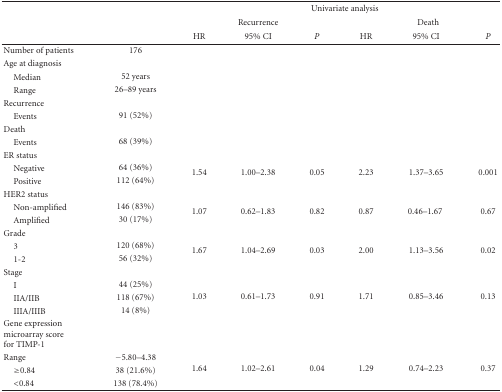
<table><thead><tr><td><b> </b></td><td><b> </b></td><td colspan="6"><b>Univariate analysis</b></td></tr><tr><td><b> </b></td><td><b> </b></td><td colspan="3"><b>Recurrence</b></td><td colspan="3"><b>Death</b></td></tr><tr><td><b> </b></td><td><b> </b></td><td><b>HR</b></td><td><b>95% CI</b></td><td><b><i>P</i></b></td><td><b>HR</b></td><td><b>95% CI</b></td><td><b><i>P</i></b></td></tr></thead><tbody><tr><td>Number of patients</td><td>176</td><td> </td><td> </td><td> </td><td> </td><td> </td><td> </td></tr><tr><td>Age at diagnosis</td><td> </td><td> </td><td> </td><td> </td><td> </td><td> </td><td> </td></tr><tr><td>Median </td><td>52 years </td><td> </td><td> </td><td> </td><td> </td><td> </td><td> </td></tr><tr><td>Range</td><td>26–89 years</td><td> </td><td> </td><td> </td><td> </td><td> </td><td> </td></tr><tr><td>Recurrence </td><td> </td><td> </td><td> </td><td> </td><td> </td><td> </td><td> </td></tr><tr><td> Events</td><td>91 (52%)</td><td> </td><td> </td><td> </td><td> </td><td> </td><td> </td></tr><tr><td>Death </td><td> </td><td> </td><td> </td><td> </td><td> </td><td> </td><td> </td></tr><tr><td>Events</td><td>68 (39%)</td><td> </td><td> </td><td> </td><td> </td><td> </td><td> </td></tr><tr><td>ER status </td><td> </td><td> </td><td> </td><td> </td><td> </td><td> </td><td> </td></tr><tr><td>Negative </td><td>64 (36%) </td><td rowspan="2">1.54</td><td rowspan="2">1.00–2.38</td><td rowspan="2">0.05</td><td rowspan="2">2.23</td><td rowspan="2">1.37–3.65</td><td rowspan="2">0.001</td></tr><tr><td>Positive</td><td>112 (64%)</td></tr><tr><td>HER2 status </td><td> </td><td> </td><td> </td><td> </td><td> </td><td> </td><td> </td></tr><tr><td>Non-amplified </td><td>146 (83%) </td><td rowspan="2">1.07</td><td rowspan="2">0.62–1.83</td><td rowspan="2">0.82</td><td rowspan="2">0.87</td><td rowspan="2">0.46–1.67 </td><td rowspan="2">0.67</td></tr><tr><td>Amplified</td><td>30 (17%)</td></tr><tr><td>Grade </td><td> </td><td> </td><td> </td><td> </td><td> </td><td> </td><td> </td></tr><tr><td>3 </td><td>120 (68%) </td><td rowspan="2">1.67</td><td rowspan="2">1.04–2.69</td><td rowspan="2">0.03</td><td rowspan="2">2.00</td><td rowspan="2">1.13–3.56</td><td rowspan="2">0.02</td></tr><tr><td>1-2</td><td>56 (32%)</td></tr><tr><td>Stage </td><td> </td><td> </td><td> </td><td> </td><td> </td><td> </td><td> </td></tr><tr><td>I </td><td>44 (25%) </td><td rowspan="3">1.03</td><td rowspan="3">0.61–1.73</td><td rowspan="3">0.91</td><td rowspan="3">1.71</td><td rowspan="3">0.85–3.46</td><td rowspan="3">0.13</td></tr><tr><td>IIA/IIB </td><td>118 (67%) </td></tr><tr><td>IIIA/IIIB</td><td>14 (8%)</td></tr><tr><td>Gene expression microarray score for TIMP-1 </td><td> </td><td> </td><td> </td><td> </td><td> </td><td> </td><td> </td></tr><tr><td> Range </td><td>−5.80–4.38 </td><td rowspan="3">1.64</td><td rowspan="3">1.02–2.61</td><td rowspan="3">0.04</td><td rowspan="3">1.29</td><td rowspan="3">0.74–2.23</td><td rowspan="3">0.37</td></tr><tr><td>≥0.84 </td><td>38 (21.6%) </td></tr><tr><td>&lt;0.84</td><td>138 (78.4%)</td></tr></tbody></table>